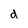
Character: d